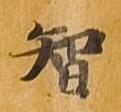
智